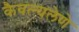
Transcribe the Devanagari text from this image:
कैवल्यलेणे